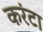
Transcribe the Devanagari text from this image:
करंटा